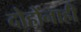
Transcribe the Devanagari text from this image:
दोहोंनाही